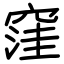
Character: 窪